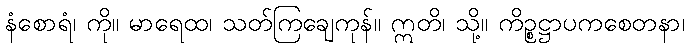
နံစောရံ၊ ကို။ မာရေထ၊ သတ်ကြချေကုန်။ ဣတိ၊ သို့။ ကိဉ္စဋ္ဌာပကစေတနာ၊